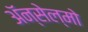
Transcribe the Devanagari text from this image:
ॲन्सेल्मो